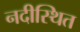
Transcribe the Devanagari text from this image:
नदीस्थित